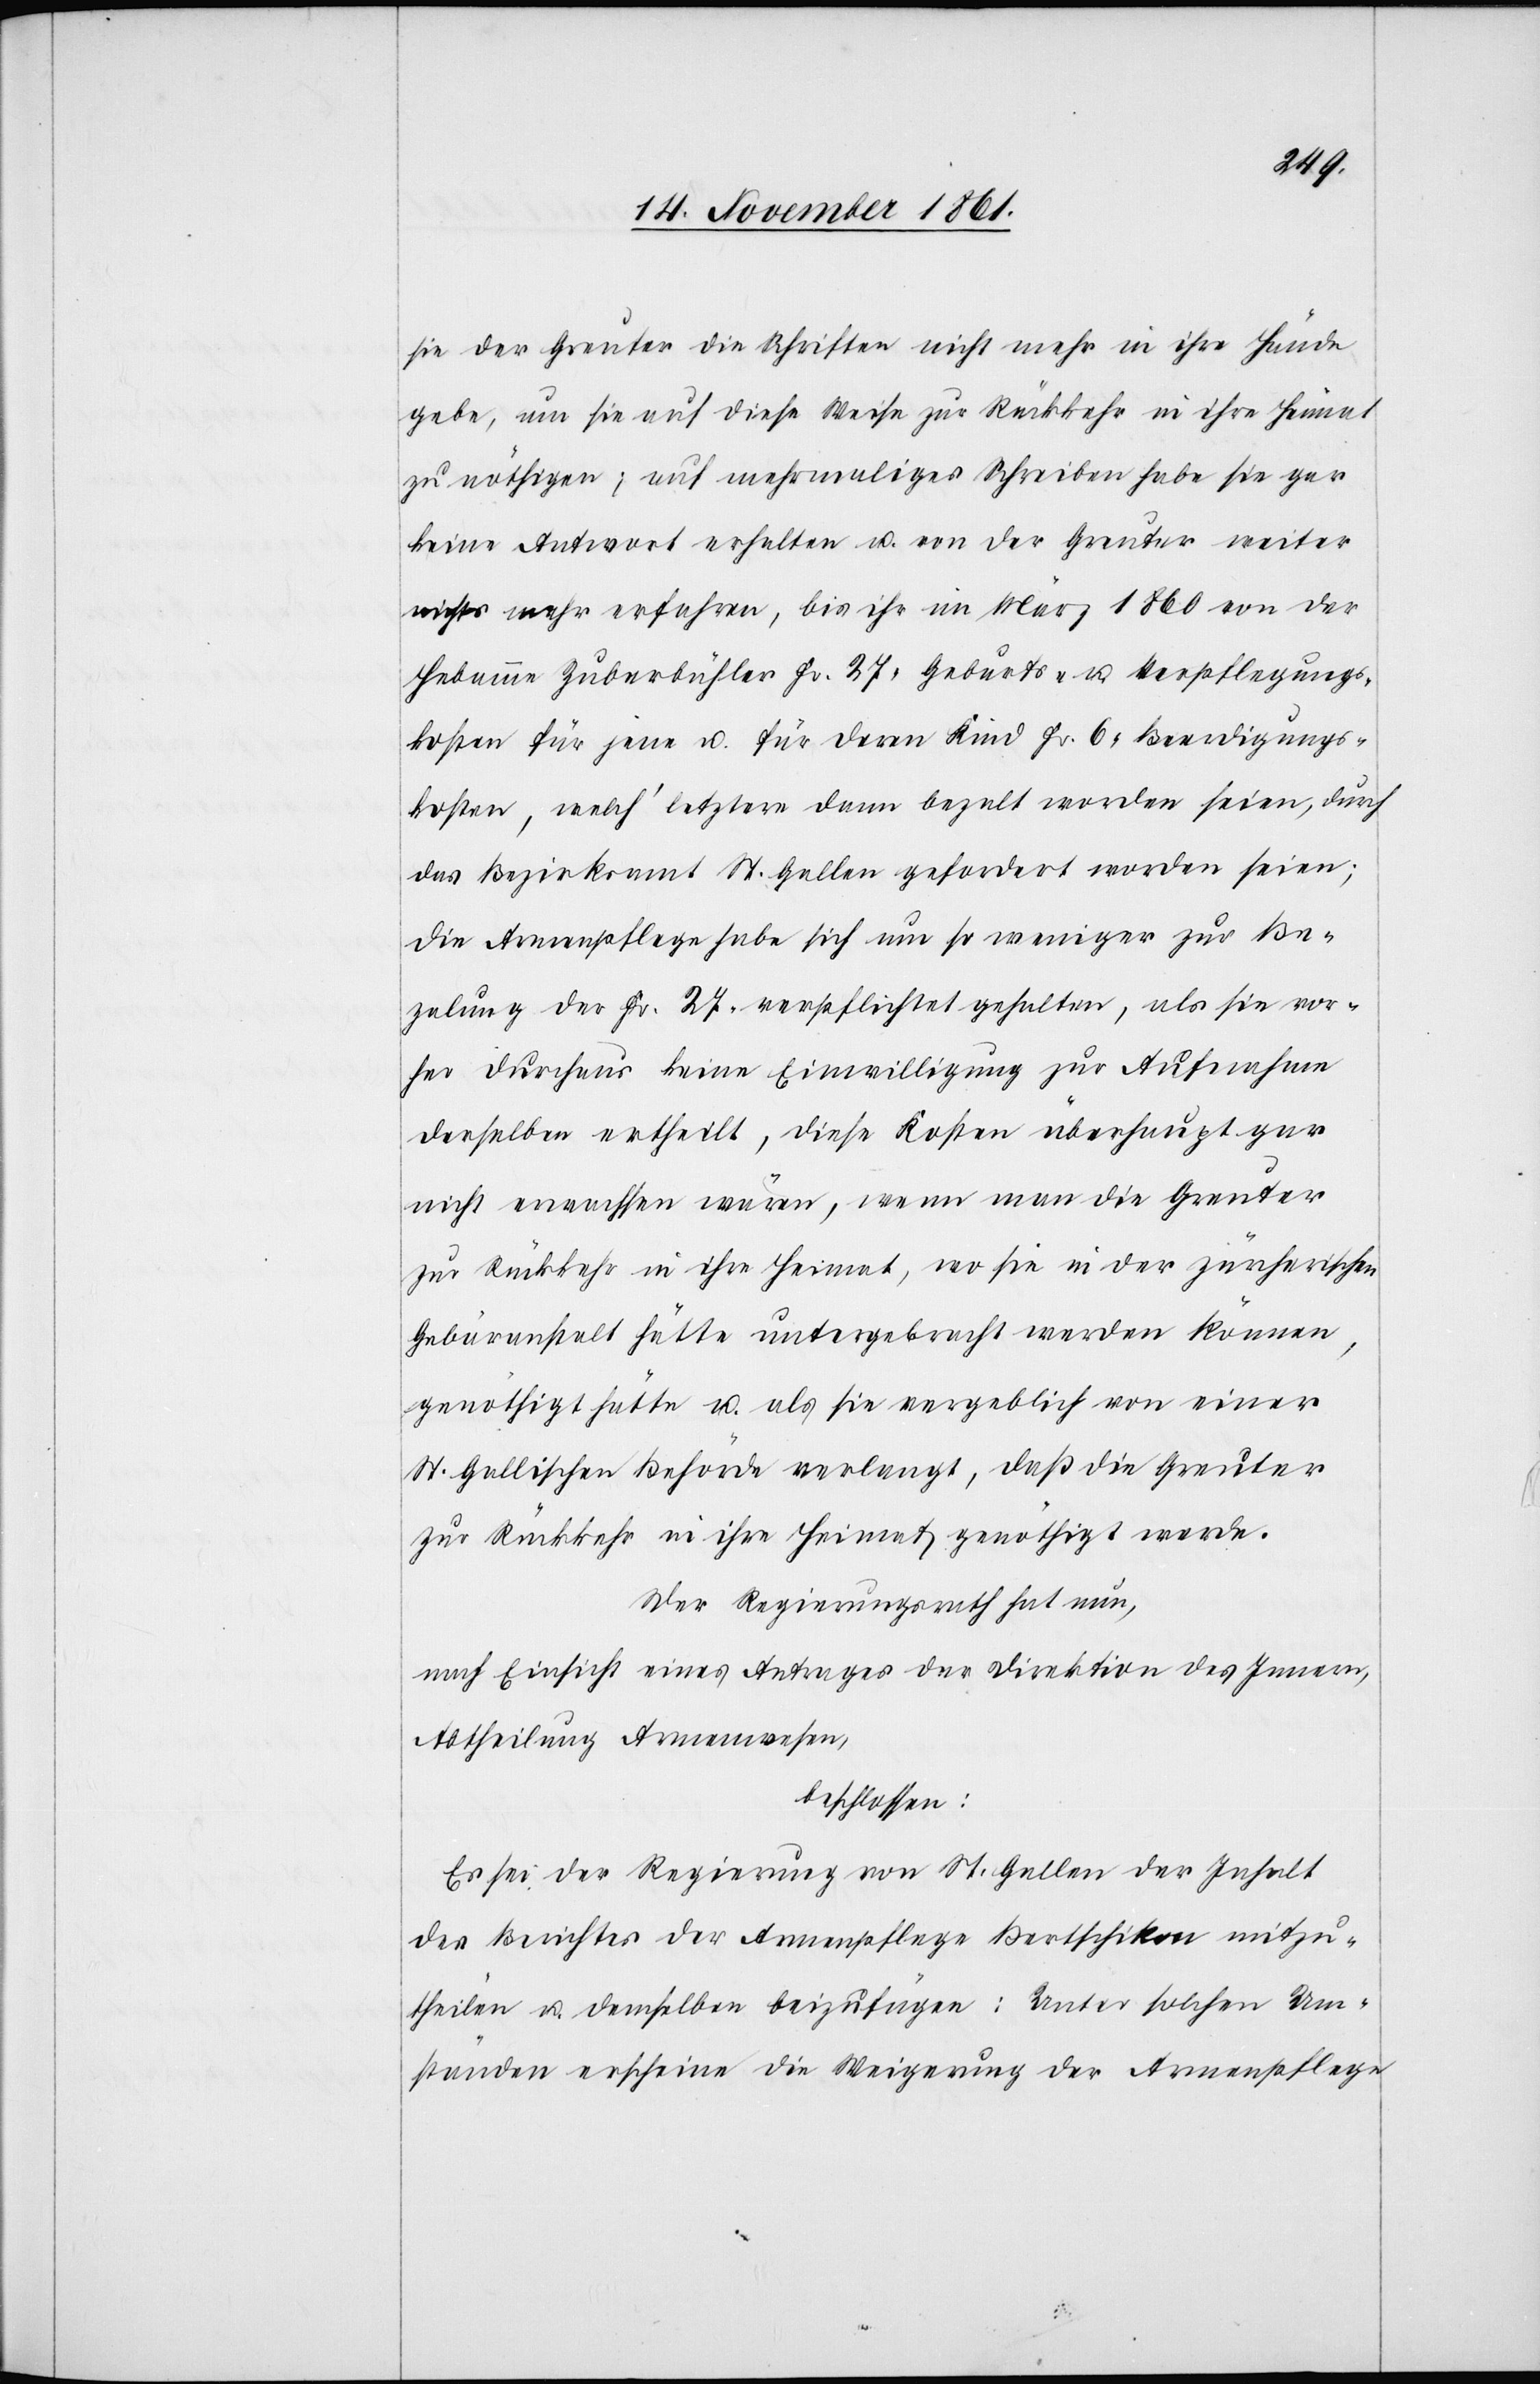
sie der Greuter die Schriften nicht mehr in ihre Hände
gebe, um sie auf diese Weise zur Rückkehr in ihre Heimat
zu nöthigen; auf mehrmaliges Schreiben habe sie gar
keine Antwort erhalten u. von der Greuter weiter
nichts mehr erfahren, bis ihr im März 1860 von der
Hebamme Zuberbühler Fr. 27, Geburts- u. Verpflegungs¬
kosten für jene u. für deren Kind Fr. 6 Beerdigungs¬
kosten, welch’ letztere dann bezalt worden seien, durch
das Bezirksamt St. Gallen gefordert worden seien;
die Armenpflege habe sich um so weniger zur Be¬
zalung der Fr. 27 verpflichtet gehalten, als sie vor¬
her durchaus keine Bewilligung zur Aufnahme
derselben ertheilt, diese Kosten überhaupt gar
nicht erwachsen wären, wenn man die Greuter
zur Rückkehr in ihre Heimat, wo sie in der zürcherischen
Gebäranstalt hätte untergebracht werden können,
genöthigt hätte u. als sie vergeblich von einer
St. Gallischen Behörde verlangt, daß die Greuter
zur Rückkehr in ihre Heimat genöthigt werde.
Der Regierungsrath hat nun,
nach Einsicht eines Antrages der Direktion des Innern,
Abtheilung Armenwesen,
beschlossen:
Es sei der Regierung von St. Gallen der Inhalt
des Berichtes der Armenpflege Bertschikon mitzu¬
theilen u. demselben beizufügen: Unter solchen Um¬
ständen erscheine die Weigerung der Armenpflege